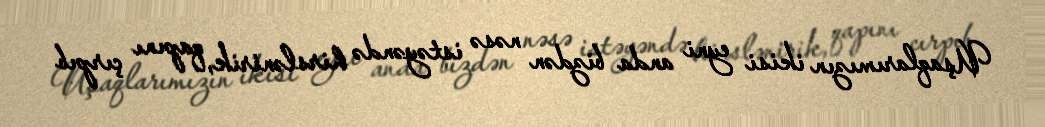
Uşaqlarımızın ikisi eyni anda bizdən nəsə istəyəndə hirslənirik, qapını çırpıb